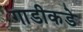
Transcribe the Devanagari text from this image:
गाडीकडे